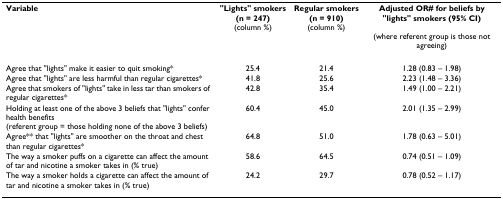
<table><thead><tr><td><b>Variable</b></td><td><b>&quot;Lights&quot; smokers(n = 247)(column %)</b></td><td><b>Regular smokers(n = 910)(column %)</b></td><td><b>Adjusted OR# for beliefs by &quot;lights&quot; smokers (95% CI)(where referent group is those not agreeing)</b></td></tr></thead><tbody><tr><td>Agree that &quot;lights&quot; make it easier to quit smoking*</td><td>25.4</td><td>21.4</td><td>1.28 (0.83 – 1.98)</td></tr><tr><td>Agree that &quot;lights&quot; are less harmful than regular cigarettes*</td><td>41.8</td><td>25.6</td><td>2.23 (1.48 – 3.36)</td></tr><tr><td>Agree that smokers of &quot;lights&quot; take in less tar than smokers of regular cigarettes*</td><td>42.8</td><td>35.4</td><td>1.49 (1.00 – 2.21)</td></tr><tr><td>Holding at least one of the above 3 beliefs that &quot;lights&quot; confer health benefits (referent group = those holding none of the above 3 beliefs)</td><td>60.4</td><td>45.0</td><td>2.01 (1.35 – 2.99)</td></tr><tr><td>Agree** that &quot;lights&quot; are smoother on the throat and chest than regular cigarettes*</td><td>64.8</td><td>51.0</td><td>1.78 (0.63 – 5.01)</td></tr><tr><td>The way a smoker puffs on a cigarette can affect the amount of tar and nicotine a smoker takes in (% true)</td><td>58.6</td><td>64.5</td><td>0.74 (0.51 – 1.09)</td></tr><tr><td>The way a smoker holds a cigarette can affect the amount of tar and nicotine a smoker takes in (% true)</td><td>24.2</td><td>29.7</td><td>0.78 (0.52 – 1.17)</td></tr></tbody></table>